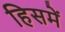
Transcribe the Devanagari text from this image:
हिसमें